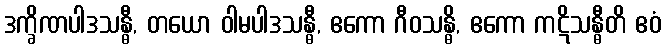
ဒက္ခိဏပါဒသန္ဓီ, တယော ဝါမပါဒသန္ဓီ, ဧကော ဂီဝသန္ဓိ, ဧကော ကဋိသန္ဓီတိ ဧဝံ